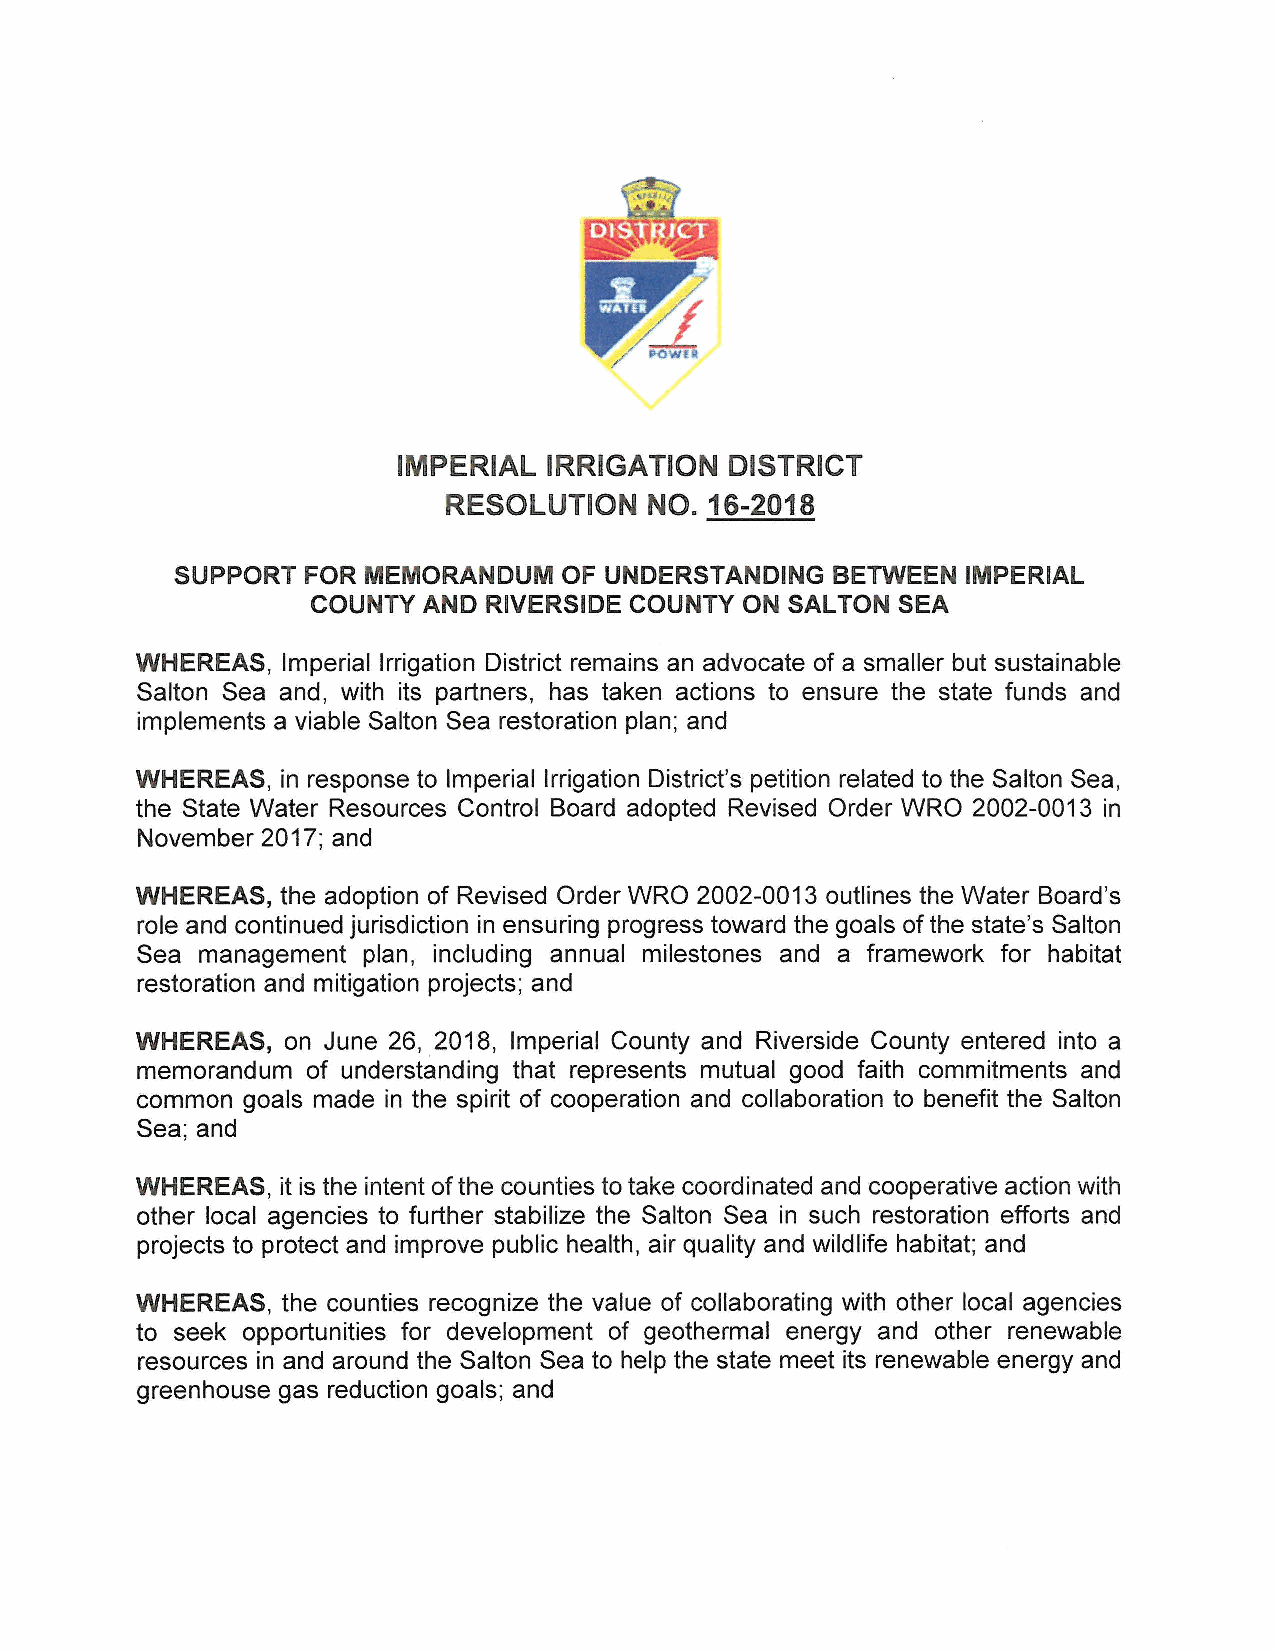
IMPERIAL  IRRIGATION  DISTRICT
 RESOLUTION   NO. 16-2018
 SUPPORT FOR MEMORANDUM   OF UNDERSTANDING  BETWEEN  IMPERIAL
 COUNTY AND RIVERSIDE COUNTY ON SAL TON SEA
 WHEREAS,  Imperial Irrigation District remains an advocate of a smaller but sustainable
 Salton Sea and, with its partners, has taken actions to ensure the state funds and
 implements a viable Salton Sea restoration plan; and
 WHEREAS,  in response to Imperial Irrigation District's petition related to the Salton Sea,
 the State Water Resources Control Board adopted Revised Order WRO 2002-0013 in
 November 2017; and
 WHEREAS,  the adoption of Revised Order WRO 2002-0013 outlines the Water Board's
 role and continued jurisdiction in ensuring progress toward the goals of the state's Salton
 Sea management plan, including annual milestones and a framework for habitat
 restoration and mitigation projects; and
 WHEREAS,  on June 26, 2018, Imperial County and Riverside County entered into a
 memorandum of understanding that represents mutual good faith commitments and
 common goals made in the spirit of cooperation and collaboration to benefit the Salton
 Sea; and
 WHEREAS,  it is the intent of the counties to take coordinated and cooperative action with
 other local agencies to further stabilize the Salton Sea in such restoration efforts and
 projects to protect and improve public health, air quality and wildlife habitat; and
 WHEREAS,  the counties recognize the value of collaborating with other local agencies
 to seek opportunities for development of geothermal energy and other renewable
 resources in and around the Salton Sea to help the state meet its renewable energy and
 greenhouse gas reduction goals; and